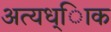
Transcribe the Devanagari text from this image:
अत्यध्ािक